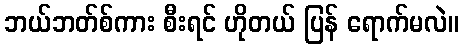
ဘယ်ဘတ်စ်ကား စီးရင် ဟိုတယ် ပြန် ရောက်မလဲ။